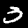
Digit: 3